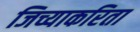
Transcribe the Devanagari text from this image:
जिच्याकरिता